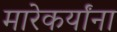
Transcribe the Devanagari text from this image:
मारेकर्यांना